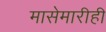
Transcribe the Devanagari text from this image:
मासेमारीही